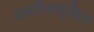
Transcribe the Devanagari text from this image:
अपरिरक्षित